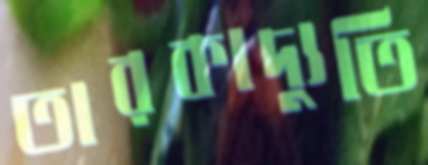
তারকাদ্যুতি